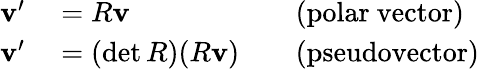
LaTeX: \begin{array}{rlrl}{\mathbf{v}^{\prime}}&{{}=R\mathbf{v}}&{}&{{}{\mathrm{(polar~vector)}}}\\ {\mathbf{v}^{\prime}}&{{}=(\operatorname*{det}R)(R\mathbf{v})}&{}&{{}{\mathrm{(pseudovector)}}}\end{array}